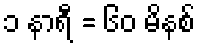
၁ နာရီ = ၆၀ မိနစ်